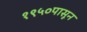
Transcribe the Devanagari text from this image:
१९५०पासून